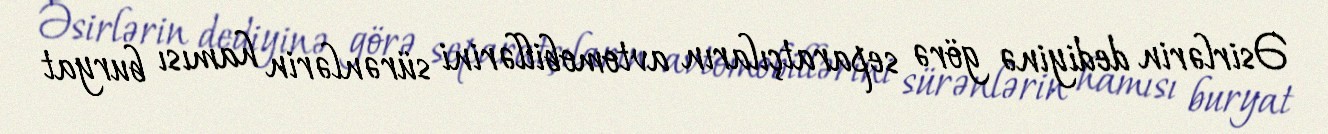
Əsirlərin dediyinə görə separatçıların avtomobillərini sürənlərin hamısı buryat